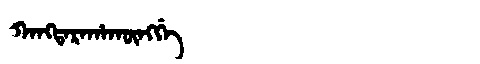
Manchu: ᡴᠠᠩᡨᠠᡵᠠᡥᠠᡴᡡᠩᡤᡝ
Romanization: KANGTARAHAKŪNGGE